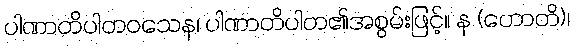
ပါဏာတိပါတဝသေန၊ ပါဏာတိပါတ၏အစွမ်းဖြင့်။ န (ဟောတိ)၊